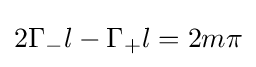
2\Gamma _{-}l-\Gamma _{+}l=2m\pi